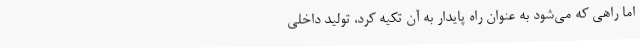
اما راهی که می‌شود به عنوان راه پایدار به آن تکیه کرد، تولید داخلی